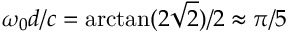
\omega _ { 0 } d / c = \arctan ( 2 \sqrt { 2 } ) / 2 \approx \pi / 5